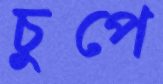
চুপে